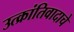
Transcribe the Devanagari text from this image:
उत्क्रांतिवादाचे